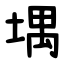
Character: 堣